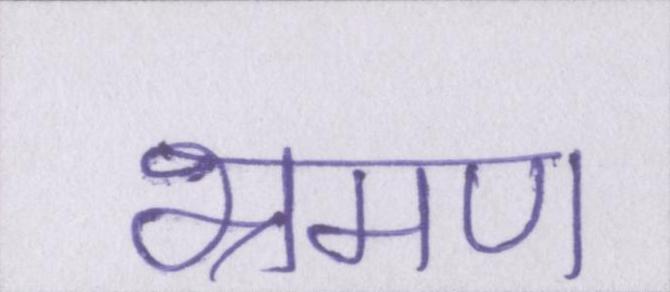
भ्रमण